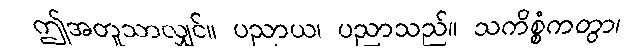
ဤအတူသာလျှင်။ ပညာယ၊ ပညာသည်။ သကိစ္စံကတွာ၊